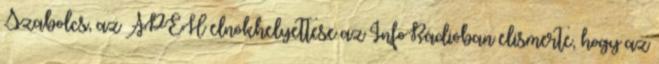
Szabolcs, az APEH elnökhelyettese az InfoRádióban elismerte, hogy az